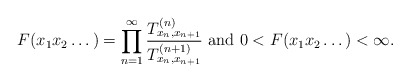
\begin{align*}F(x_1x_2\dots)=\prod_{n=1}^\infty\frac{T_{x_n,x_{n+1}}^{(n)}}{T_{x_n,x_{n+1}}^{(n+1)}}\mbox{ and }0<F(x_1x_2\dots)<\infty.\end{align*}